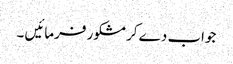
جواب دے کر مشکور فرمائیں ۔